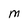
Character: M